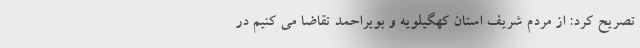
تصریح کرد: از مردم شریف استان کهگیلویه و بویراحمد تقاضا می کنیم در